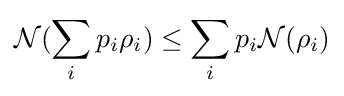
{\mathcal {N}}(\sum _{i}p_{i}\rho _{i})\leq \sum _{i}p_{i}{\mathcal {N}}(\rho _{i})